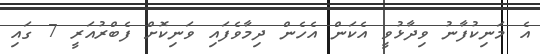
އެ މަނިކުފާނު ވިދާޅުވީ އެކަން އެހެން ދިމާވެފައި ވަނިކޮށް ފެބްރުއަރީ 7 ގައި